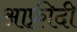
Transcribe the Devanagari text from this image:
आफ़्रीदी